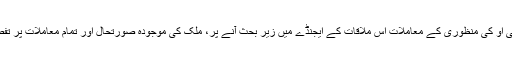
طالبان سے مذاکرات اور پی پی او کی منظوری کے معاملات اس ملاقات کے ایجنڈے میں زیر بحث آنے پر، ملک کی موجودہ صورتحال اور تمام معاملات پر تفصیل سے بات چیت ہو ئی ہے۔